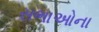
સભાઓના